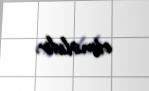
etməlidir.